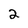
Character: 2